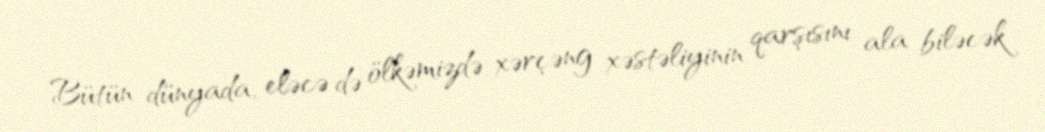
Bütün dünyada, eləcə də ölkəmizdə xərçəng xəstəliyinin qarşısını ala biləcək